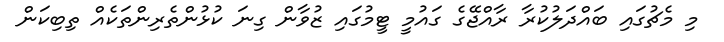
މި މެޗުގައި ބައްދަލުކުރާ ރާއްޖޭގެ ގައުމީ ޓީމުގައި ޒުވާން ގިނަ ކުޅުންތެރިންތަކެއް ތިބިކަން